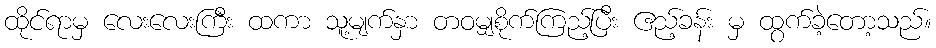
ထိုင်ရာမှ လေးလေးကြီး ထကာ သူ့မျက်နှာ တဝမျှစိုက်ကြည့်ပြီး ဧည့်ခန်း မှ ထွက်ခဲ့တော့သည်။